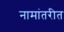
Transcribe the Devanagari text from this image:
नामांतरीत